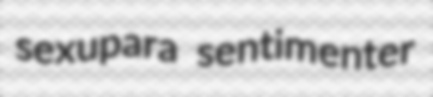
sexupara sentimenter